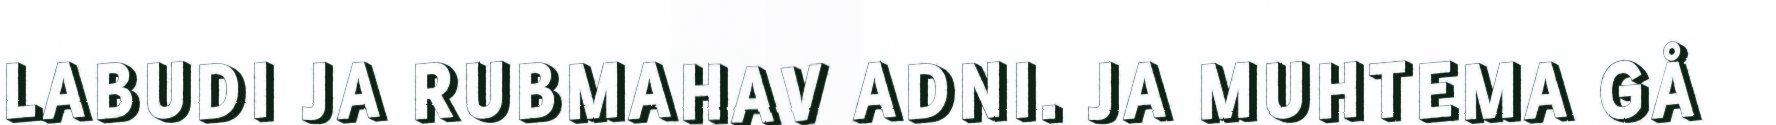
LABUDI JA RUBMAHAV ADNI. JA MUHTEMA GÅ